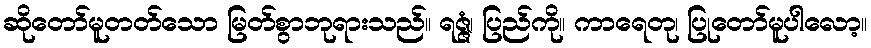
ဆိုတော်မူတတ်သော မြတ်စွာဘုရားသည်။ ရဇ္ဇံ၊ ပြည်ကို။ ကာရေတု၊ ပြုတော်မူပါလော့။